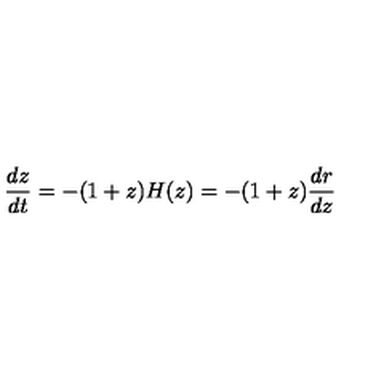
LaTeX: \frac { d z } { d t } = - ( 1 + z ) H ( z ) = - ( 1 + z ) \frac { d r } { d z }